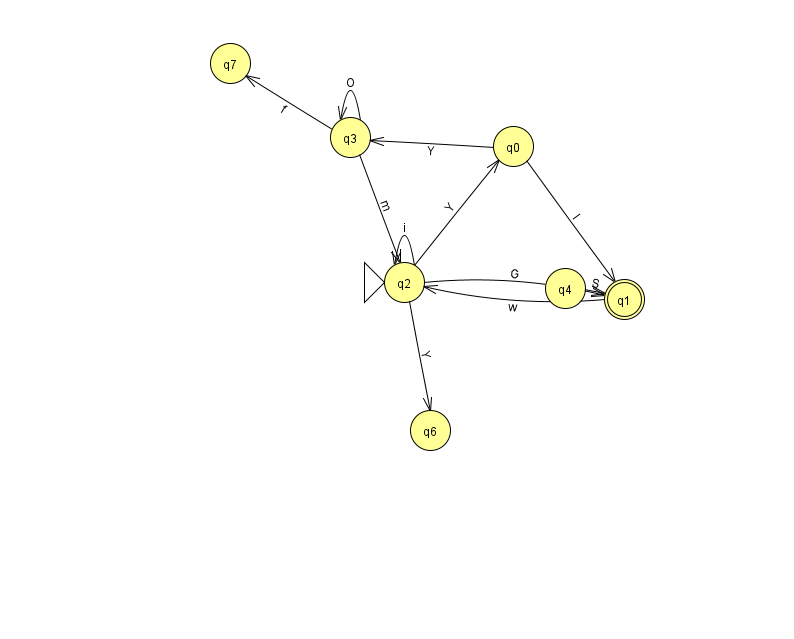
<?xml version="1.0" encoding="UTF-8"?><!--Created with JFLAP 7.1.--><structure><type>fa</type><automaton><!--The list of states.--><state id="0" name="q0"><x>513.0</x><y>133.0</y></state><state id="1" name="q1"><x>624.0</x><y>286.0</y><final/></state><state id="2" name="q2"><x>404.0</x><y>269.0</y><initial/></state><state id="3" name="q3"><x>350.0</x><y>124.0</y></state><state id="4" name="q4"><x>565.0</x><y>275.0</y></state><state id="6" name="q6"><x>430.0</x><y>417.0</y></state><state id="7" name="q7"><x>230.0</x><y>50.0</y></state><!--The list of transitions.--><transition><from>2</from><to>0</to><read>Y</read></transition><transition><from>0</from><to>1</to><read>I</read></transition><transition><from>0</from><to>3</to><read>Y</read></transition><transition><from>2</from><to>6</to><read>Y</read></transition><transition><from>3</from><to>7</to><read>f</read></transition><transition><from>1</from><to>2</to><read>w</read></transition><transition><from>2</from><to>1</to><read>G</read></transition><transition><from>2</from><to>2</to><read>i</read></transition><transition><from>4</from><to>1</to><read>S</read></transition><transition><from>3</from><to>2</to><read>m</read></transition><transition><from>3</from><to>3</to><read>O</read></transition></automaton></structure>